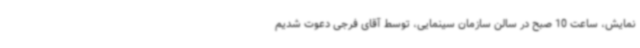
نمایش، ساعت 10 صبح در سالن سازمان سینمایی، توسط آقای فرجی دعوت شدیم